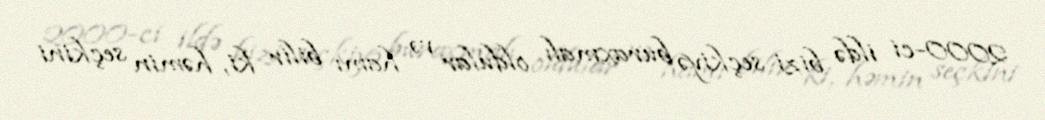
2000-ci ildə bizi seçkiyə buraxmalı oldular və hamı bilir ki, həmin seçkini